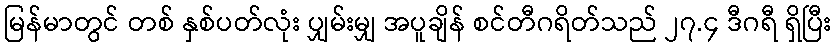
မြန်မာတွင် တစ် နှစ်ပတ်လုံး ပျှမ်းမျှ အပူချိန် စင်တီဂရိတ်သည် ၂၇.၄ ဒီဂရီ ရှိပြီး